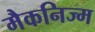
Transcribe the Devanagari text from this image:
मैकनिज्म